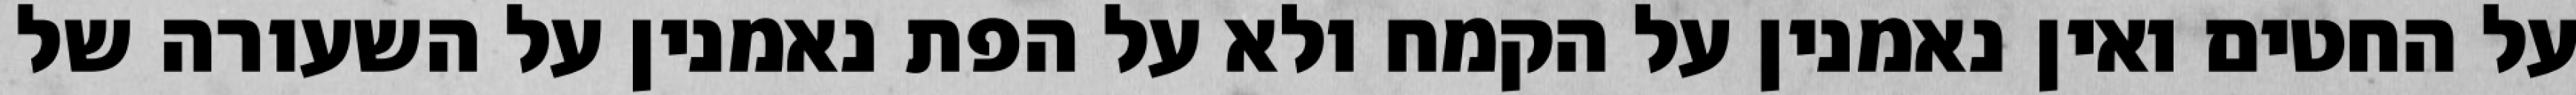
על החטים ואין נאמנין על הקמח ולא על הפת נאמנין על השעורה של